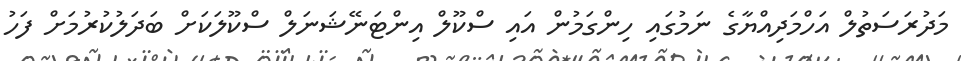
މަދުރަސަތުލް އަހްމަދިއްޔާގެ ނަމުގައި ހިންގަމުން އައި ސްކޫލް އިންޓަނޭޝަނަލް ސްކޫލަކަށް ބަދަލުކުރުމަށް ފަހު